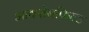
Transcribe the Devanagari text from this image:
आक्सेनफिल्ड